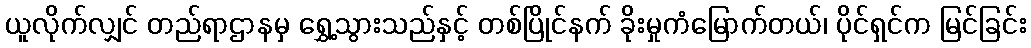
ယူလိုက်လျှင် တည်ရာဌာနမှ ရွှေ့သွားသည်နှင့် တစ်ပြိုင်နက် ခိုးမှုကံမြောက်တယ်၊ ပိုင်ရှင်က မြင်ခြင်း